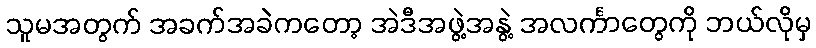
သူမအတွက် အခက်အခဲကတော့ အဲဒီအဖွဲ့အနွဲ့ အလင်္ကာတွေကို ဘယ်လိုမှ